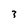
Character: 3